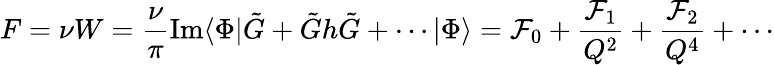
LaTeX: F=\nu W=\frac{\nu}{\pi}\mathrm{{Im}}\langle\Phi|\tilde{G}+\tilde{G}h\tilde{G}+\cdots|\Phi\rangle={\cal F}_{0}+\frac{{\cal F}_{1}}{Q^{2}}+\frac{{\cal F}_{2}}{Q^{4}}+\cdots